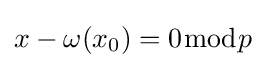
x-\omega (x_{0})=0{\bmod {p}}